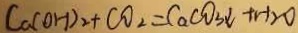
C a ( O H ) _ { 2 } + C O _ { 2 } = C a C O _ { 3 } \downarrow + H _ { 2 } O